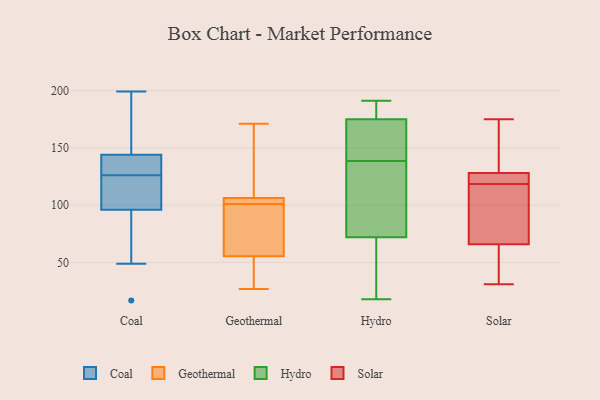
{"axis": {"x": "Customer Acquisition Cost (USD)", "y": "Value"}, "legend": ["Coal", "Geothermal", "Hydro", "Solar"], "data": [{"x": "", "y": 96, "type": "Coal"}, {"x": "", "y": 144, "type": "Coal"}, {"x": "", "y": 49, "type": "Coal"}, {"x": "", "y": 109, "type": "Coal"}, {"x": "", "y": 152, "type": "Coal"}, {"x": "", "y": 110, "type": "Coal"}, {"x": "", "y": 66, "type": "Coal"}, {"x": "", "y": 129, "type": "Coal"}, {"x": "", "y": 17, "type": "Coal"}, {"x": "", "y": 125, "type": "Coal"}, {"x": "", "y": 127, "type": "Coal"}, {"x": "", "y": 199, "type": "Coal"}, {"x": "", "y": 129, "type": "Coal"}, {"x": "", "y": 60, "type": "Coal"}, {"x": "", "y": 196, "type": "Coal"}, {"x": "", "y": 97, "type": "Coal"}, {"x": "", "y": 163, "type": "Coal"}, {"x": "", "y": 139, "type": "Coal"}, {"x": "", "y": 104, "type": "Geothermal"}, {"x": "", "y": 90, "type": "Geothermal"}, {"x": "", "y": 95, "type": "Geothermal"}, {"x": "", "y": 36, "type": "Geothermal"}, {"x": "", "y": 104, "type": "Geothermal"}, {"x": "", "y": 101, "type": "Geothermal"}, {"x": "", "y": 166, "type": "Geothermal"}, {"x": "", "y": 27, "type": "Geothermal"}, {"x": "", "y": 44, "type": "Geothermal"}, {"x": "", "y": 107, "type": "Geothermal"}, {"x": "", "y": 171, "type": "Geothermal"}, {"x": "", "y": 163, "type": "Hydro"}, {"x": "", "y": 46, "type": "Hydro"}, {"x": "", "y": 131, "type": "Hydro"}, {"x": "", "y": 134, "type": "Hydro"}, {"x": "", "y": 143, "type": "Hydro"}, {"x": "", "y": 148, "type": "Hydro"}, {"x": "", "y": 111, "type": "Hydro"}, {"x": "", "y": 188, "type": "Hydro"}, {"x": "", "y": 63, "type": "Hydro"}, {"x": "", "y": 183, "type": "Hydro"}, {"x": "", "y": 18, "type": "Hydro"}, {"x": "", "y": 92, "type": "Hydro"}, {"x": "", "y": 185, "type": "Hydro"}, {"x": "", "y": 169, "type": "Hydro"}, {"x": "", "y": 191, "type": "Hydro"}, {"x": "", "y": 175, "type": "Hydro"}, {"x": "", "y": 30, "type": "Hydro"}, {"x": "", "y": 72, "type": "Hydro"}, {"x": "", "y": 115, "type": "Solar"}, {"x": "", "y": 127, "type": "Solar"}, {"x": "", "y": 175, "type": "Solar"}, {"x": "", "y": 122, "type": "Solar"}, {"x": "", "y": 86, "type": "Solar"}, {"x": "", "y": 135, "type": "Solar"}, {"x": "", "y": 66, "type": "Solar"}, {"x": "", "y": 31, "type": "Solar"}, {"x": "", "y": 52, "type": "Solar"}, {"x": "", "y": 128, "type": "Solar"}, {"x": "", "y": 123, "type": "Solar"}, {"x": "", "y": 110, "type": "Solar"}, {"x": "", "y": 51, "type": "Solar"}, {"x": "", "y": 168, "type": "Solar"}]}